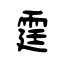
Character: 霆